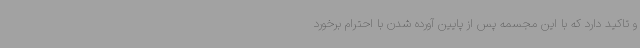
و تاکید دارد که با این مجسمه پس از پایین آورده شدن با احترام برخورد